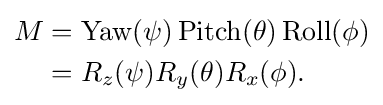
{\begin{aligned}M&=\mathrm {Yaw} (\psi )\,\mathrm {Pitch} (\theta )\,\mathrm {Roll} (\phi )\\&=R_{z}(\psi )R_{y}(\theta )R_{x}(\phi ).\end{aligned}}